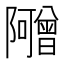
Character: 𬯣